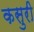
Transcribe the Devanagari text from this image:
कसुरी